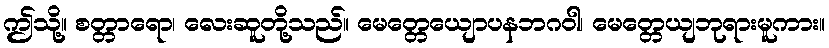
ဤသို့။ စတ္တာရော၊ လေးဆူတို့သည်။ မေတ္တေယျောပနဘဂဝါ၊ မေတ္တေယျဘုရားမူကား။